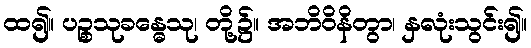
ထ၍။ ပဉ္စသုခန္ဓေသု၊ တို့၌။ အဘိဝိနိတွာ၊ နှလုံးသွင်း၍။